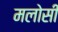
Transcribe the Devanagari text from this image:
मलोसी